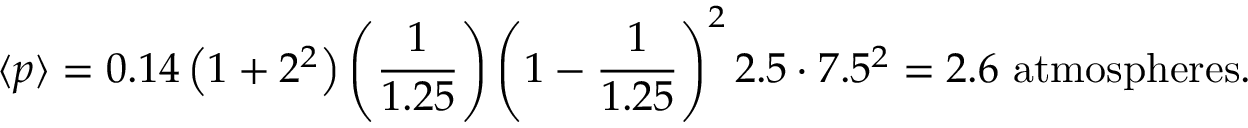
{ \langle p \rangle } = 0 . 1 4 \left( 1 + 2 ^ { 2 } \right) \left( { \frac { 1 } { 1 . 2 5 } } \right) \left( 1 - { \frac { 1 } { 1 . 2 5 } } \right) ^ { 2 } 2 . 5 \cdot 7 . 5 ^ { 2 } = 2 . 6 { \mathrm { ~ a t m o s p h e r e s } } .